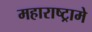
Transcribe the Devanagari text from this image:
महाराष्ट्रामे